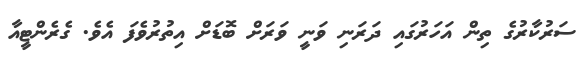
ސަރުކާރުގެ ތިން އަހަރުގައި ދަރަނި ވަނީ ވަރަށް ބޮޑަށް އިތުރުވެފަ އެވެ. ގެރެންޓީއާ